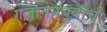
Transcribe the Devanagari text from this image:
गजाननबुवांची